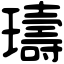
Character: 璹